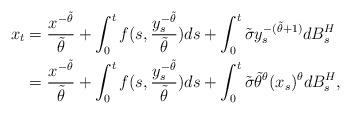
LaTeX: \begin{align*}x_t&=\frac{x^{-\tilde{\theta}}}{\tilde{\theta}}+\int_0^tf(s,\frac{y_s^{-\tilde{\theta}}}{\tilde{\theta}})ds+\int_0^t\tilde{\sigma} y_s^{-(\tilde{\theta}+1)}dB_s^H\\&=\frac{x^{-\tilde{\theta}}}{\tilde{\theta}}+\int_0^tf(s,\frac{y_s^{-\tilde{\theta}}}{\tilde{\theta}})ds+\int_0^t\tilde{\sigma} \tilde{\theta}^{\theta}(x_s)^{\theta}dB_s^H,\end{align*}